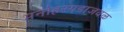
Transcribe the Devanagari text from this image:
मनोहरगडाजवळ